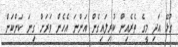
ގުޅޭ އަދި މީގެ ތެރެއިން ކުރިލައިގެން އަންނަ އެހެން ވަރަށް ގިނަ ކަންކަން